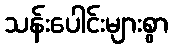
သန်းပေါင်းများစွာ